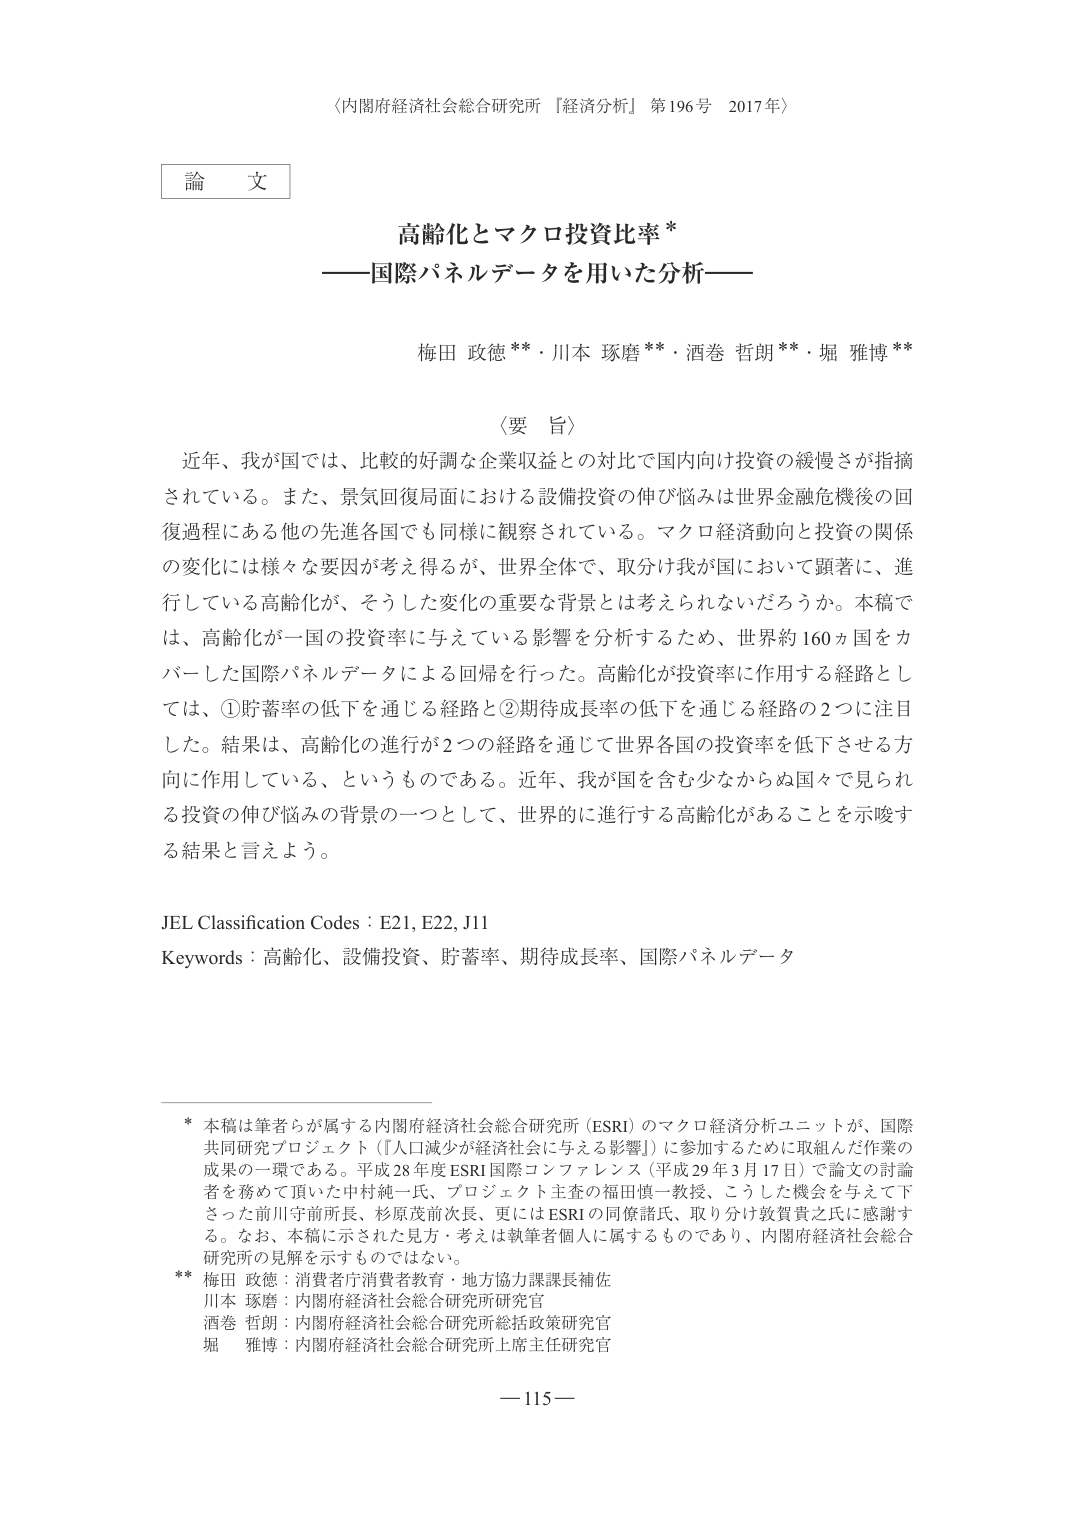
〈内閣府経済社会総合研究所『経済分析』第196号 2017年〉

論文

高齢化とマクロ投資比率*
――国際パネルデータを用いた分析――

梅田 政徳**・川本 琢磨**・酒巻 哲朗**・堀 雅博**

〈要旨〉
近年、我が国では、比較的好調な企業収益との対比で国内向け投資の緩慢さが指摘されている。また、景気回復局面における設備投資の伸び悩みは世界金融危機後の回復過程にある他の先進各国でも同様に観察されている。マクロ経済動向と投資の関係の変化には様々な要因が考え得るが、世界全体で、取分け我が国において顕著に、進行している高齢化が、そうした変化の重要な背景とは考えられないだろうか。本稿では、高齢化が一国の投資率に与えている影響を分析するため、世界約160カ国をカバーした国際パネルデータによる回帰を行った。高齢化が投資率に作用する経路としては、①貯蓄率の低下を通じる経路と②期待成長率の低下を通じる経路の2つに注目した。結果は、高齢化の進行が2つの経路を通じて世界各国の投資率を低下させる方向に作用している、というものである。近年、我が国を含む少なからぬ国々で見られる投資の伸び悩みの背景の一つとして、世界的に進行する高齢化があることを示唆する結果と言えよう。

JEL Classification Codes：E21, E22, J11
Keywords：高齢化、設備投資、貯蓄率、期待成長率、国際パネルデータ

*
本稿は筆者らが属する内閣府経済社会総合研究所（ESRI）のマクロ経済分析ユニットが、国際共同研究プロジェクト（『人口減少が経済社会に与える影響』）に参加するために取組んだ作業の成果の一環である。平成28年度ESRI国際コンファレンス（平成29年3月17日）で論文の討論者を務めて頂いた中村純一氏、プロジェクト主査の福田慎一教授、こうした機会を与えて下さった前川守前所長、杉原茂前次長、更にはESRIの同僚諸氏、取り分け敬賛者之氏に感謝する。なお、本稿に示された見方・考えは執筆者個人に属するものであり、内閣府経済社会総合研究所の見解を示すものではない。

**
梅田 政徳：消費者庁消費者教育・地方協力課課長補佐
川本 琢磨：内閣府経済社会総合研究所研究官
酒巻 哲朗：内閣府経済社会総合研究所総括政策研究官
堀 雅博：内閣府経済社会総合研究所上席主任研究官

―115―